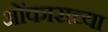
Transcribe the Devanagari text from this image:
ओंकाराच्या